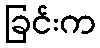
ခြင်းက